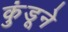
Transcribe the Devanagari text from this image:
कुंडूने